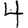
Digit: 4